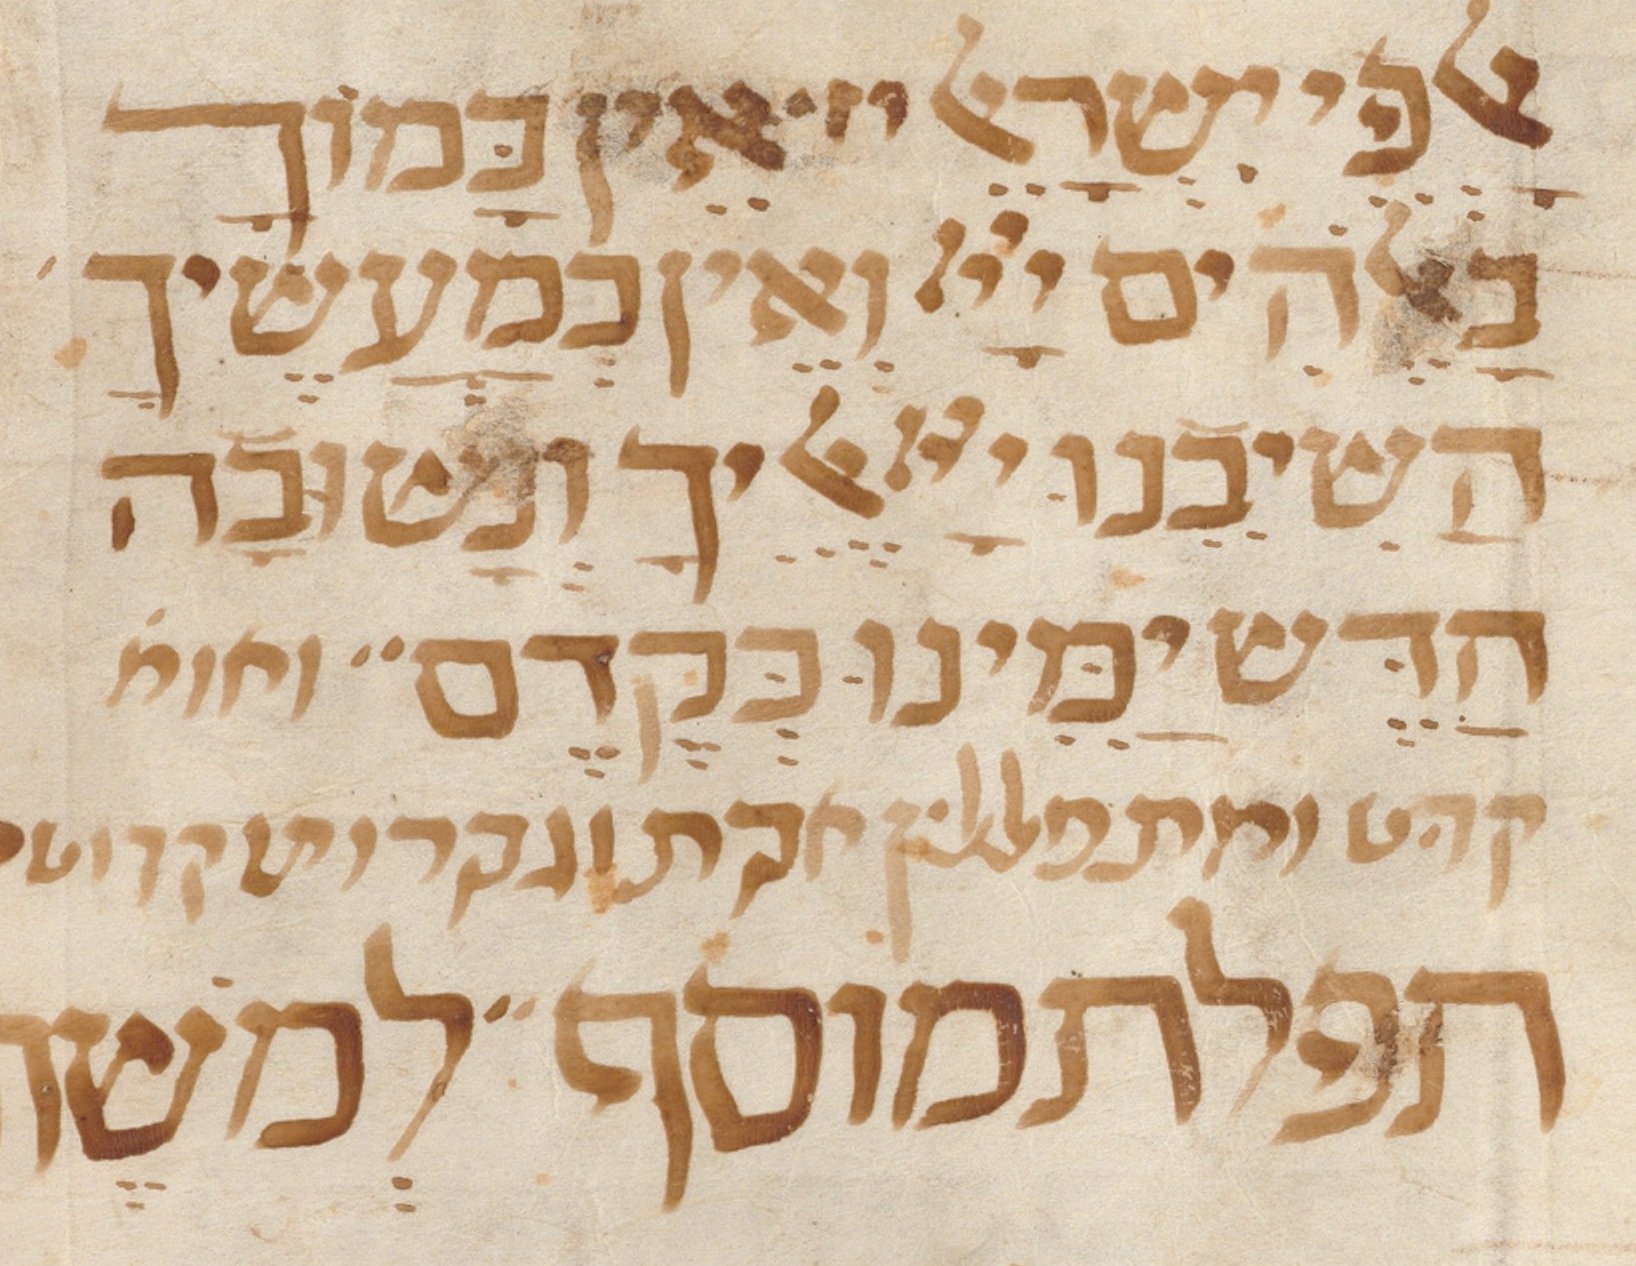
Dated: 1300–1399